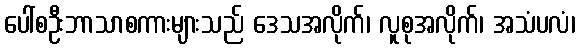
ပေါ်စဦးဘာသာစကားများသည် ဒေသအလိုက်၊ လူစုအလိုက်၊ အသံပလံ၊